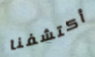
أكتشفنا